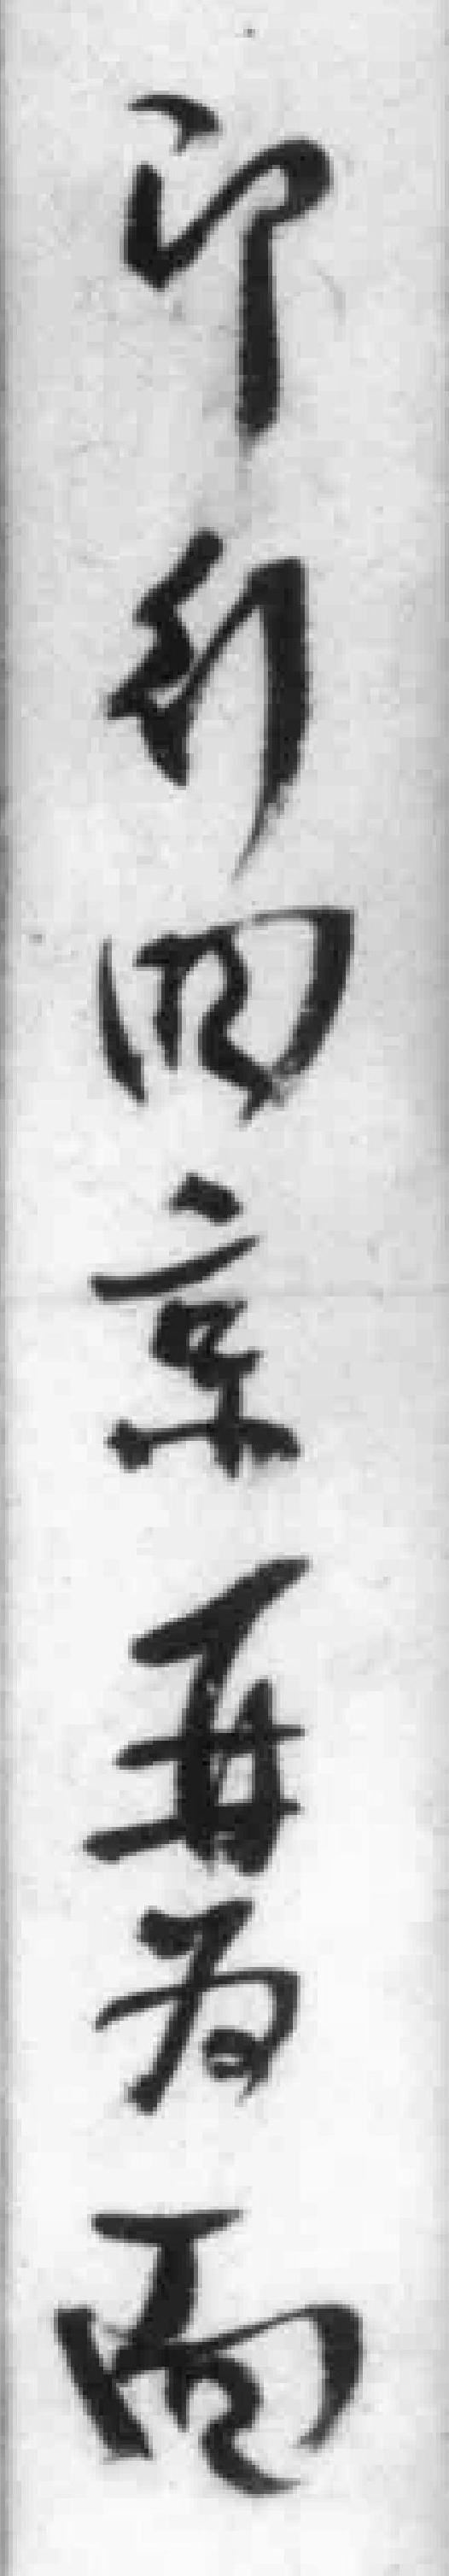
印行回京再為面